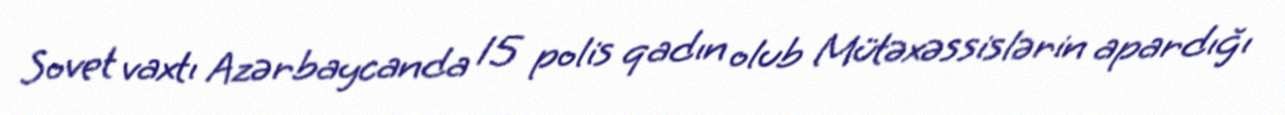
Sovet vaxtı Azərbaycanda 15 polis qadın olub Mütəxəssislərin apardığı